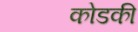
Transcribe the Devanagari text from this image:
कोडकी